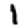
Digit: 1